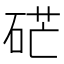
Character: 硭